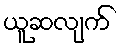
ယူဆလျက်